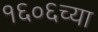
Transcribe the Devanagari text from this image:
१६०६च्या